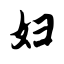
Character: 妇